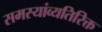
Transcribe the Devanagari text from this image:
समस्यांव्यतिरिक्त